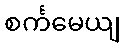
စင်္ကမေယျ